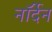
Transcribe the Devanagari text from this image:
नॉर्देन